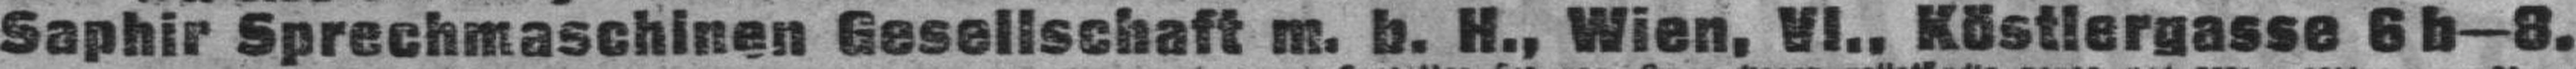
Saphir Sprechmaschinen Gesellschaft m. b. H., Wien. VI., Köstlergasse 6 b—8.